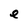
Character: e